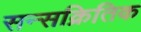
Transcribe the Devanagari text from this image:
सन्सक्रितिक